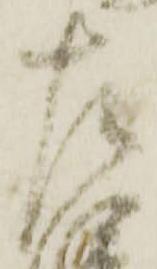
左